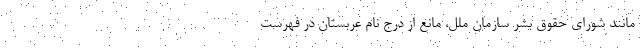
مانند شورای حقوق بشر سازمان ملل، مانع از درج نام عربستان در فهرست